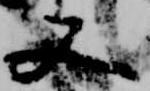
又